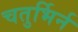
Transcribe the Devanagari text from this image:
चतुर्भिर्न